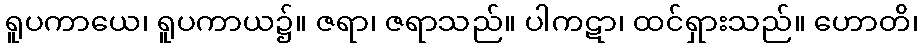
ရူပကာယေ၊ ရူပကာယ၌။ ဇရာ၊ ဇရာသည်။ ပါကဋာ၊ ထင်ရှားသည်။ ဟောတိ၊